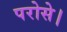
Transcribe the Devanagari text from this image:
परोसे।